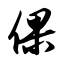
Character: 倮